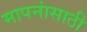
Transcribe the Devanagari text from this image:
मापनांसाठी